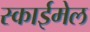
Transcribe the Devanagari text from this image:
स्काईमेल